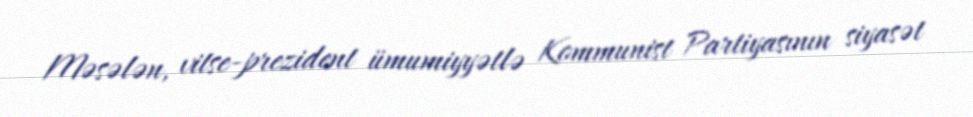
Məsələn, vitse-prezident ümumiyyətlə Kommunist Partiyasının siyasət